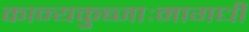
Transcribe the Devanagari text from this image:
कान्यकुब्जाःमागधीं